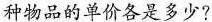
种物品的单价各是多少?